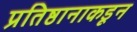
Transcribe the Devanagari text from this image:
प्रतिष्ठानाकडून